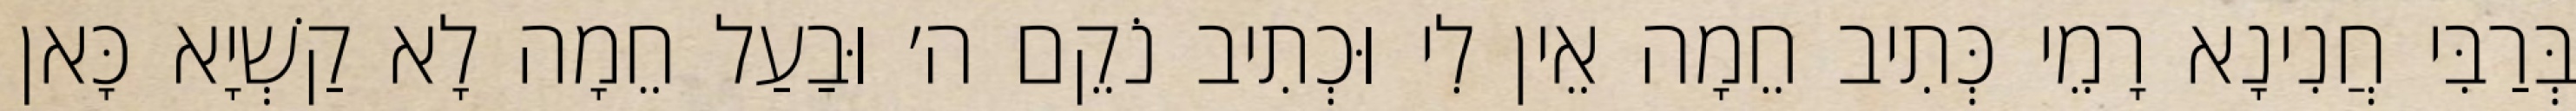
בְּרַבִּי חֲנִינָא רָמֵי כְּתִיב חֵמָה אֵין לִי וּכְתִיב נֹקֵם ה׳ וּבַעַל חֵמָה לָא קַשְׁיָא כָּאן